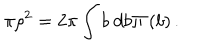
\pi \rho ^ { 2 } = 2 \pi \int b ~ d b \Pi \left( b \right) .